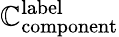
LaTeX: \mathbb{C}_{\mathrm{{component}}}^{\mathrm{{label}}}